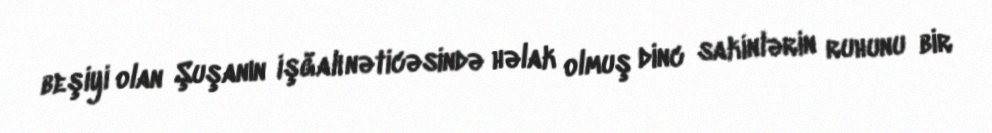
beşiyi olan Şuşanın işğalı nəticəsində həlak olmuş dinc sakinlərin ruhunu bir